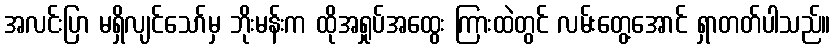
အလင်းပြာ မရှိလျင်သော်မှ ဘိုးမန်းက ထိုအရှုပ်အထွေး ကြားထဲတွင် လမ်းတွေ့အောင် ရှာတတ်ပါသည်။